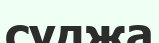
суджа